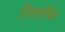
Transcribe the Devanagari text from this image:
गिलॉय